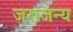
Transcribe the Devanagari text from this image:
जराजन्य